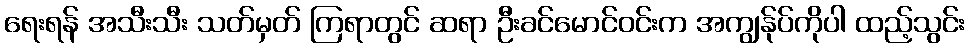
ရေးရန် အသီးသီး သတ်မှတ် ကြရာတွင် ဆရာ ဦးခင်မောင်ဝင်းက အကျွန်ုပ်ကိုပါ ထည့်သွင်း